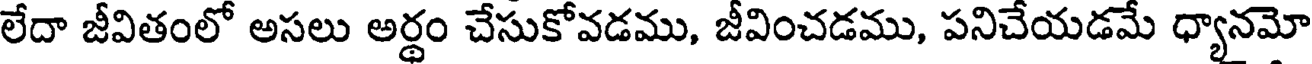
లేదా జీవితంలో అసలు అర్థం చేసుకోవడము, జీవించడము, పనిచేయడమే ధ్యానమో